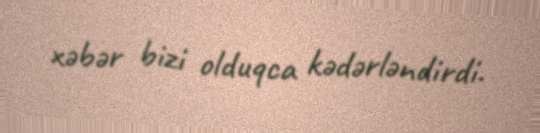
xəbər bizi olduqca kədərləndirdi.